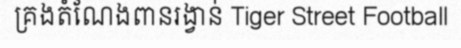
គ្រងតំណែងពានរង្វាន់ Tiger Street Football